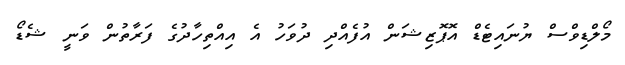
މޯލްޑިވްސް ޔުނައިޓެޑް އޮޕޮޒިޝަން އުފެއްދި ދުވަހު އެ އިއްތިހާދުގެ ފަރާތުން ވަނީ ޝެޑޯ